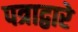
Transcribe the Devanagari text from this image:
पत्राद्वारे